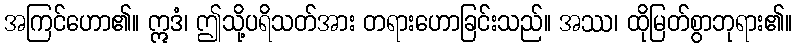
အကြင်ဟော၏။ ဣဒံ၊ ဤသို့ပရိသတ်အား တရားဟောခြင်းသည်။ အဿ၊ ထိုမြတ်စွာဘုရား၏။